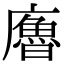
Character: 𢋡